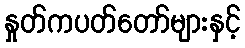
နှုတ်ကပတ်တော်များနှင့်